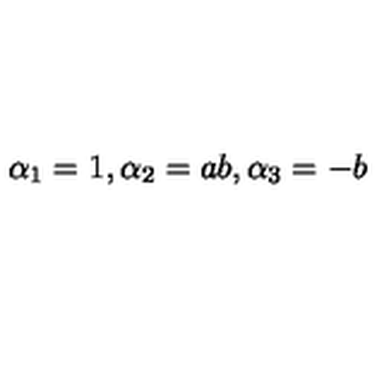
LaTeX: \alpha _ { 1 } = 1 , \alpha _ { 2 } = a b , \alpha _ { 3 } = - b